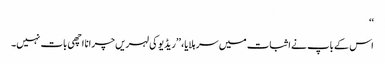
‘‘
اس کے باپ نے اثبات میں سر ہلایا، ’’ریڈیو کی لہریں چرانا اچھی بات نہیں۔